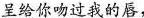
呈给你吻过我的唇，